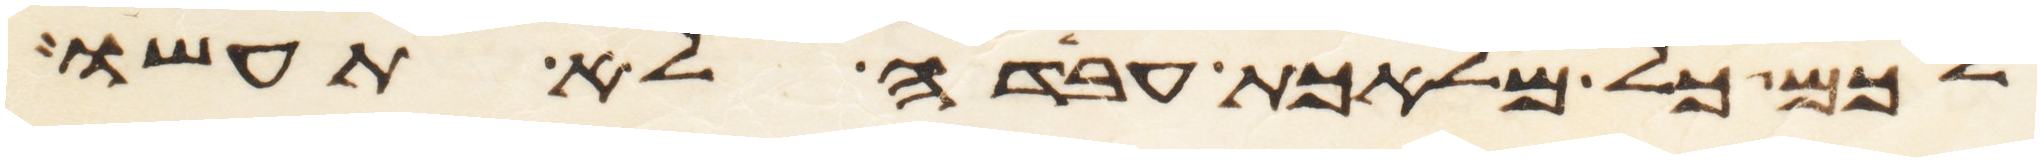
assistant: לכם כל מלאכת עבדה לא תעשו